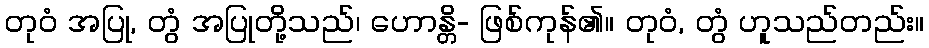
တုဝံ အပြု, တွံ အပြုတို့သည်၊ ဟောန္တိ- ဖြစ်ကုန်၏။ တုဝံ, တွံ ဟူသည်တည်း။